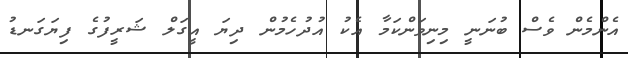
އެންމެން ވެސް ބުނަނީ މިނިވަންކަމާ އެކު އުދުހެމުން ދިޔަ އީގަލް ޝަރީފުގެ ފިޔަގަނޑު